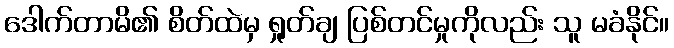
ဒေါက်တာမိ၏ စိတ်ထဲမှ ရှုတ်ချ ပြစ်တင်မှုကိုလည်း သူ မခံနိုင်။